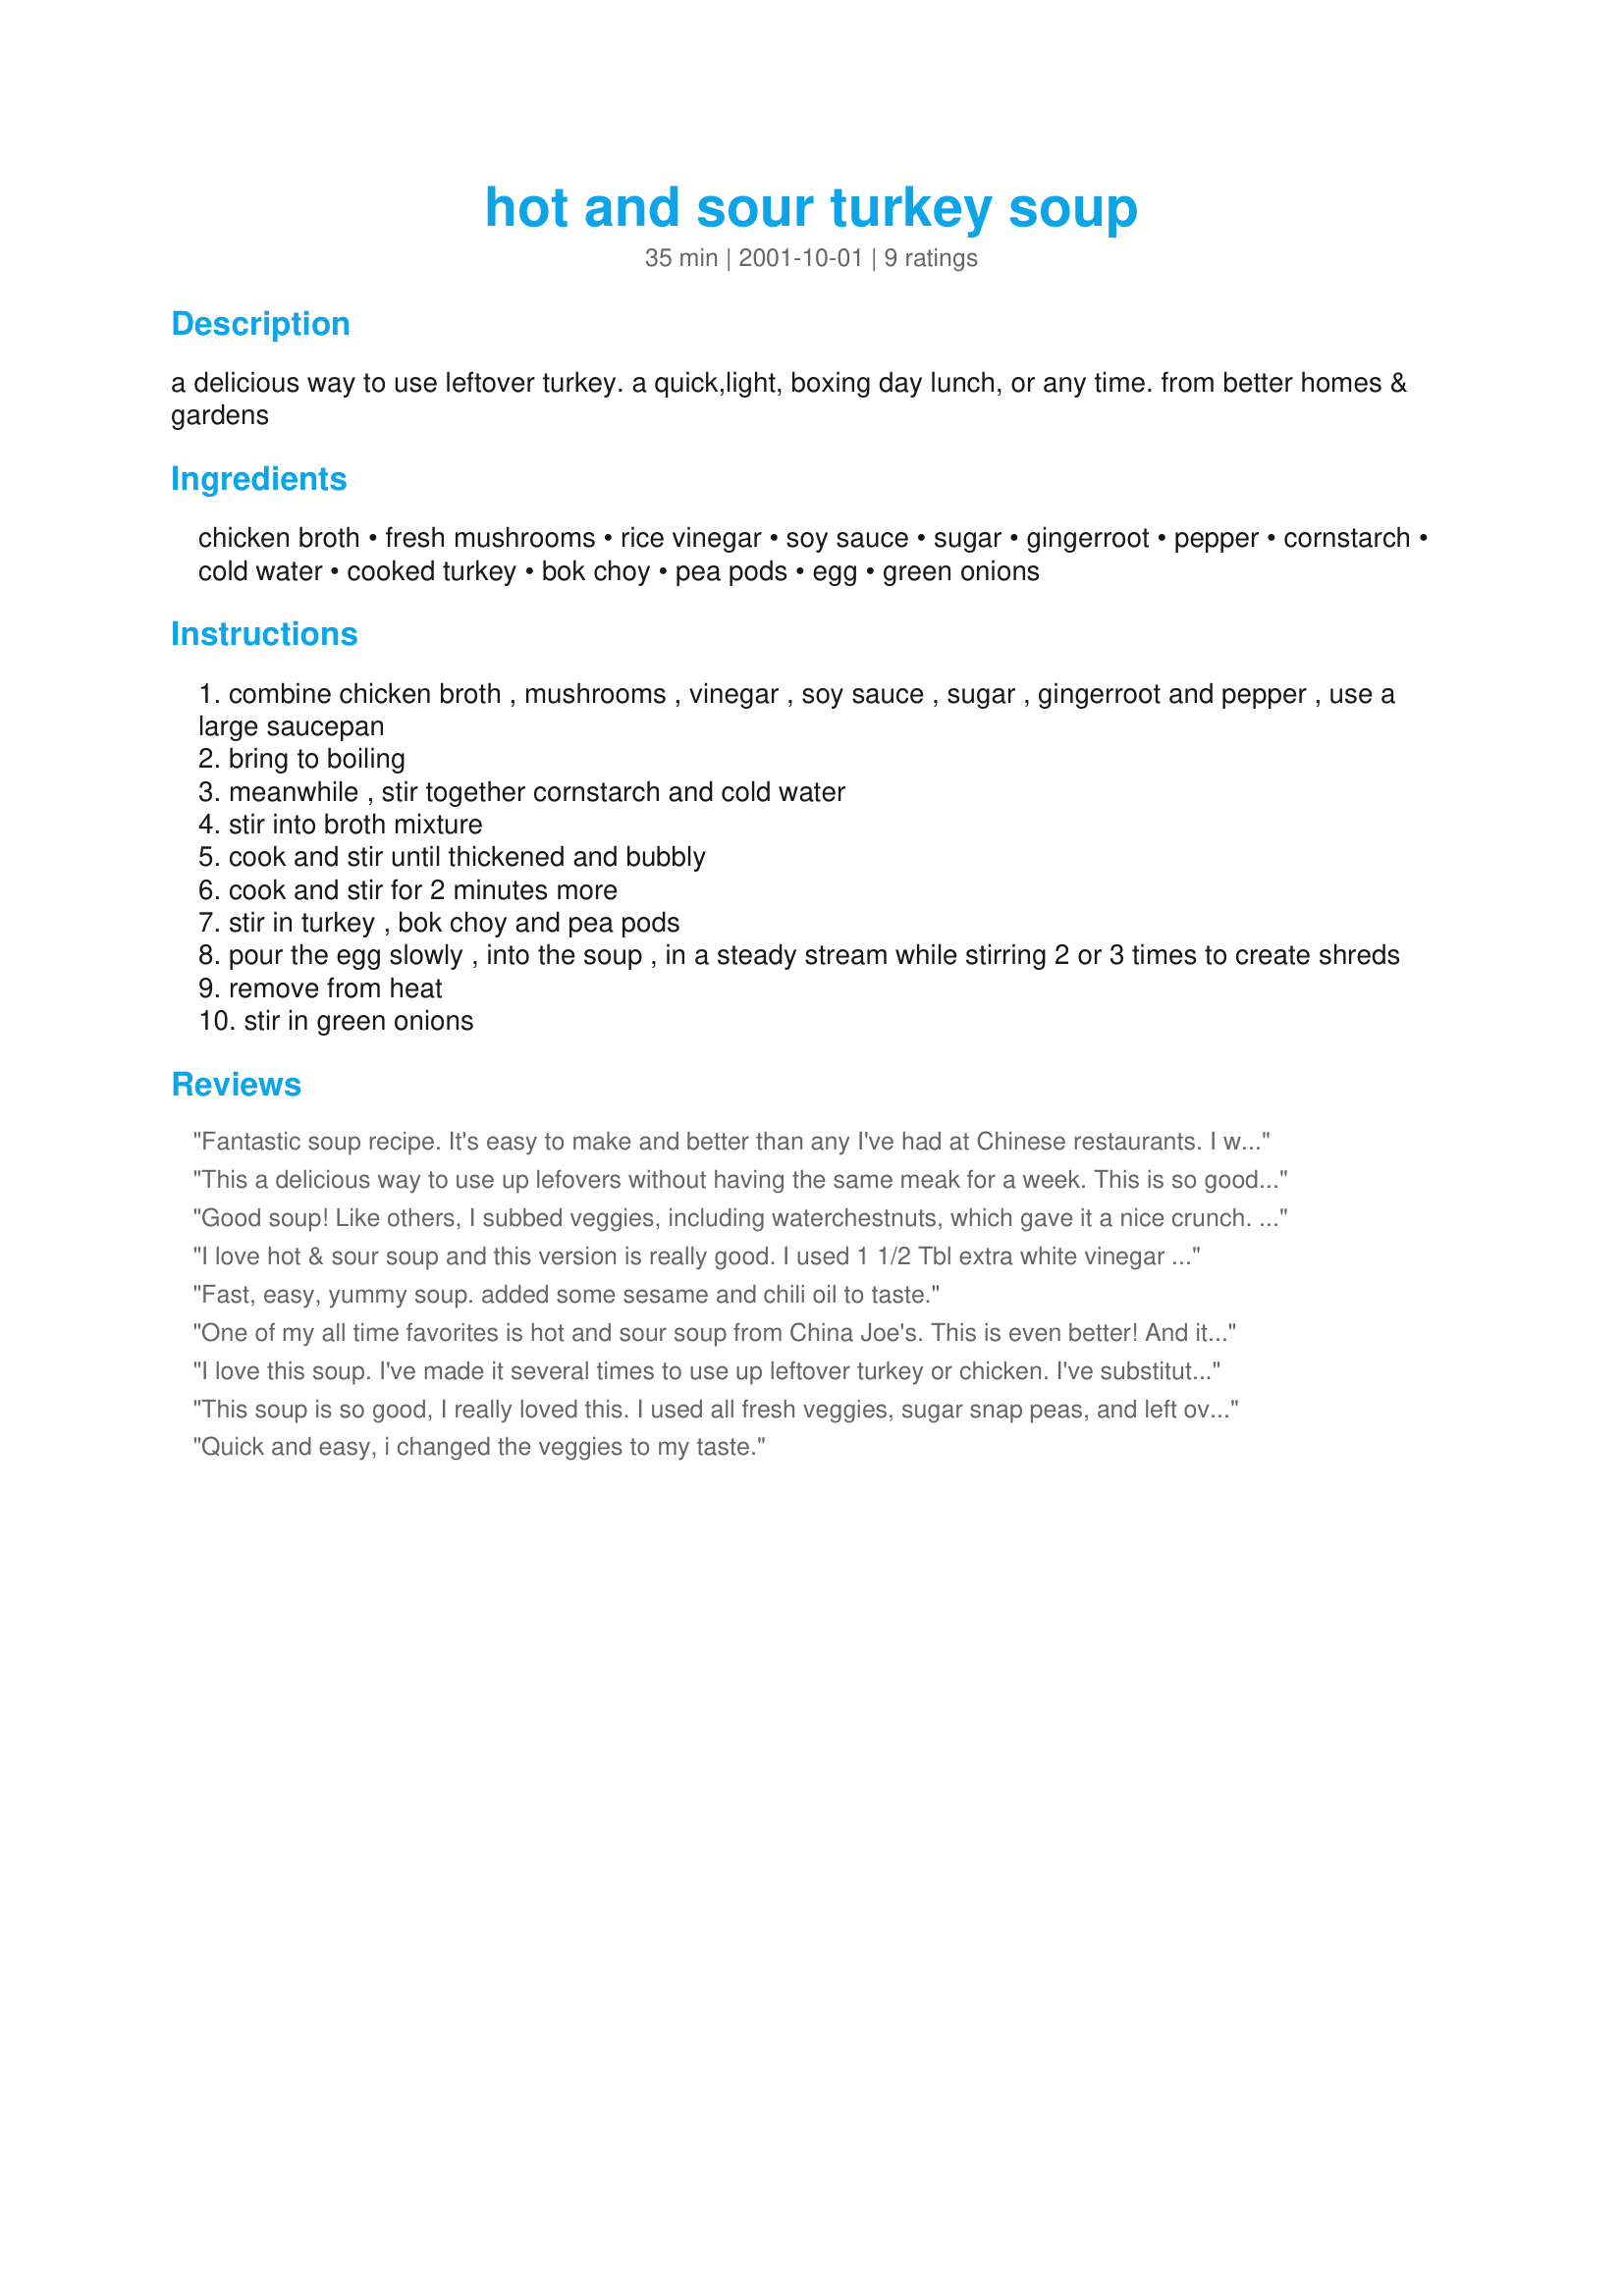
hot and sour turkey soup
Preparation time: 35 minutes

a delicious way to use leftover turkey. a quick,light, boxing day lunch, or any time. from better homes & gardens

Ingredients:
chicken broth, fresh mushrooms, rice vinegar, soy sauce, sugar, gingerroot, pepper, cornstarch, cold water, cooked turkey, bok choy, pea pods, egg, green onions

Steps:
combine chicken broth , mushrooms , vinegar , soy sauce , sugar , gingerroot and pepper , use a large saucepan
bring to boiling
meanwhile , stir together cornstarch and cold water
stir into broth mixture
cook and stir until thickened and bubbly
cook and stir for 2 minutes more
stir in turkey , bok choy and pea pods
pour the egg slowly , into the soup , in a steady stream while stirring 2 or 3 times to create shreds
remove from heat
stir in green onions

Reviews:
Fantastic soup recipe. It's easy to make and better than any I've had at Chinese restaurants. I wouldn't change a thing! Thank you for sharing. Sharon
This a delicious way to use up lefovers without having the same meak for a week. This is so good that I bought more turkey just to make it again!
Good soup! Like others, I subbed veggies, including waterchestnuts, which gave it a nice crunch. I also used only a pinch of sugar. I think you could easily double the vinegar, if you like a more sour hot and sour soup.
I love hot & sour soup and this version is really good. I used 1 1/2 Tbl extra white vinegar and a bit more than 1/2 tsp pepper (to my taste). Other than that I followed the recipe exactly and we loved it. Thanks for posting this.
Fast, easy, yummy soup. added some sesame and chili oil to taste.
One of my all time favorites is hot and sour soup from China Joe's. This is even better! And it doesn't take much more time than ordering out! Thank you, Dorothy.
I love this soup. I've made it several times to use up leftover turkey or chicken. I've substituted vegetables I have on hand like celery and frozen peas and it's just as good. I also leave out the sugar, because I like the tanginess of the vinegar. Thanks for posting this.
This soup is so good, I really loved this. I used all fresh veggies, sugar snap peas, and left over Christmas turkey! Thanks for this wonderful, low cal, low fat winner.
Quick and easy, i changed the veggies to my taste.
